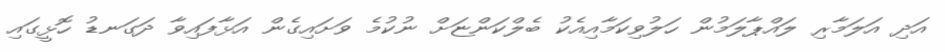
އަދި އަލަމާރި ލައްޕާލަމުން ހަލުވިކަމާއިއެކު ބެލްކަންޏަށް ނުކުމެ ވަށައިގެން އަޅާފައިވާ ދަގަނޑު ހޮޅީގައި